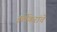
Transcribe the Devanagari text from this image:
इर्लेकरांचे